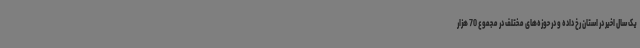
یک سال اخیر در استان رخ داده و در حوزه‌های مختلف در مجموع 70 هزار